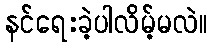
နင်ရေးခဲ့ပါလိမ့်မလဲ။